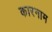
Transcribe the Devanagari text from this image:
कारनाम